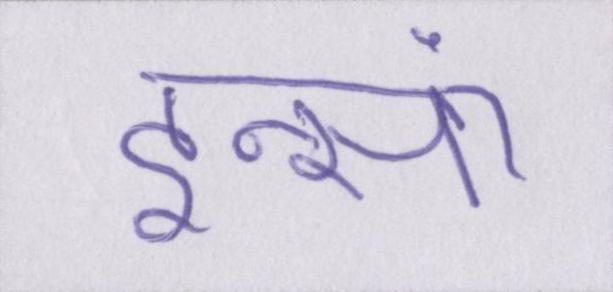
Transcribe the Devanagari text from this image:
इन्सां